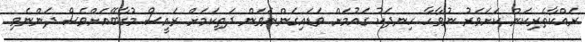
ރައްކާތެރިކަން ކަށަވަރު ނުވާހާ ހިނދަކު ގައުމަށް ވަޑައިގަންނަވަން ދަތިކަމަށް ރައީސް މުގާބޭއަށްވެސް ދަންނެވި